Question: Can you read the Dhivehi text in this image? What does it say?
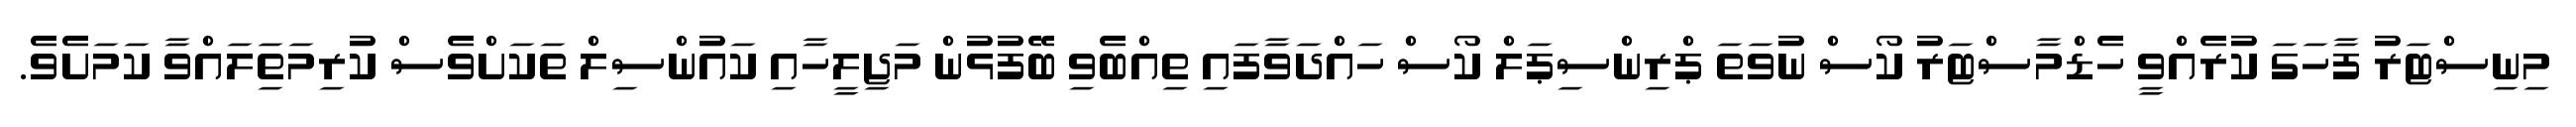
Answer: މިނިސްޓަރު ފާހަގަ ކުރެއްވީ ހެޑްމާސްޓަރު ކޯސް ނުވަތަ ޕްރިންސިޕަލް ކޯސް ހައްދަވާފައި ތިއްބެވި ބޭފުޅުން މަޖިލީހާއި ކައުންސިލް ތަކަށްވެސް ކުރިމަތަިލައްވާ ކަމަށެވެ.